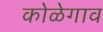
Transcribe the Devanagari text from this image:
कोळेगाव